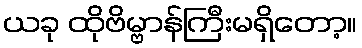
ယခု ထိုဗိမ္ဗာန်ကြီးမရှိတော့။